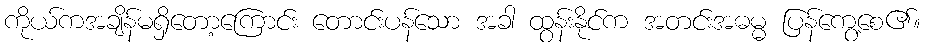
ကိုယ်ကအချိန်မရှိတော့ကြောင်း တောင်းပန်သော အခါ ထွန်းနိုင်က အတင်းအဓမ္မ ပြန်ကွေ့စေ၏။